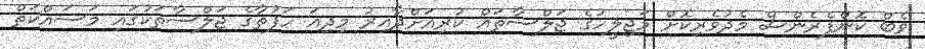
ވެބް ކޮންފެރެންސް މެދުވެރިކޮށް މަޖިލީހުގެ ޖަލްސާތައް ކުރިއަށްދާއިރު މިދިއަ ހަފުތާގެ ޖަލްސާތަކުގައި މަސައްކަތް